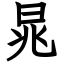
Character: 晁